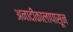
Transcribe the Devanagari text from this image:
अनादीकालापासून